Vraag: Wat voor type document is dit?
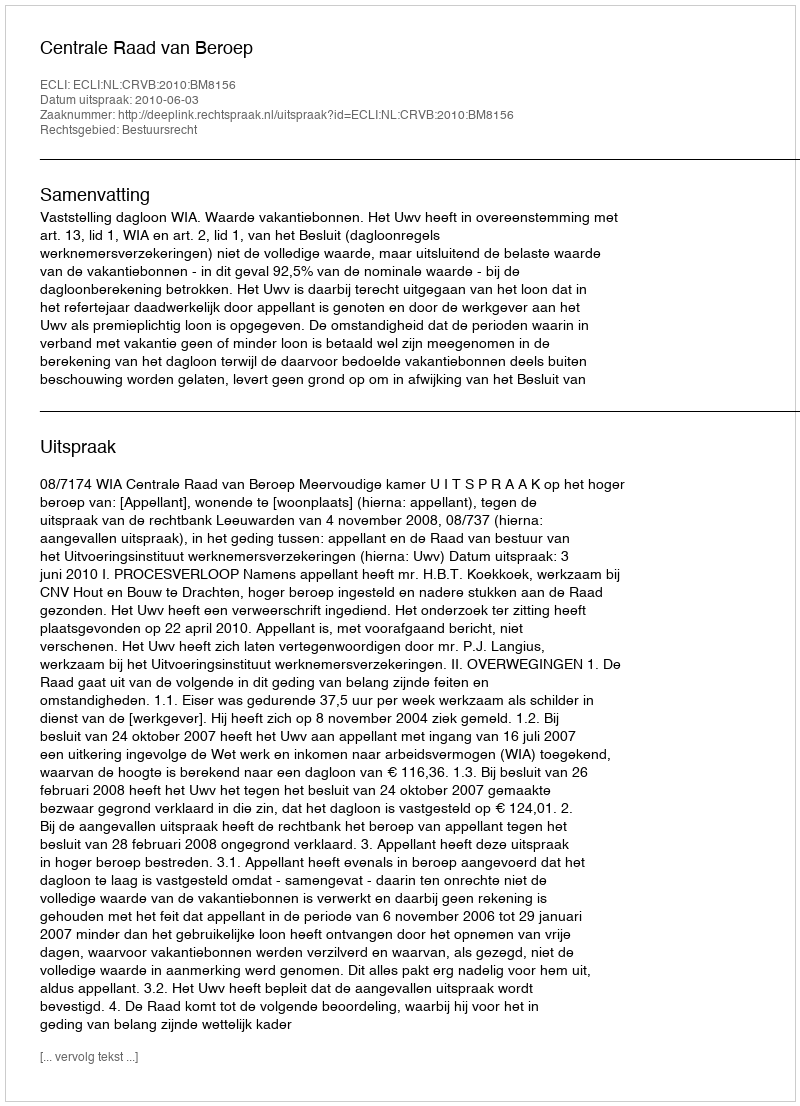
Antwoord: Uitspraak